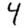
Digit: 4